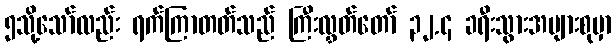
၅သို့သော်လည်း ရက်ကြာတတ်သည် ကြီးလွှတ်တော် ၃၂.၄ ခရီးသွားအများစုမှာ